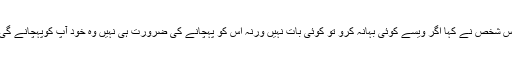
اس شخص نے کہا اگر ویسے کوئی بہانہ کرو تو کوئی بات نہیں ورنہ اس کو پہچانے کی ضرورت ہی نہیں وہ خود آپ کوپہچانے گی۔